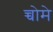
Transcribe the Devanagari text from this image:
च्चोमे